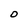
Character: O